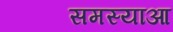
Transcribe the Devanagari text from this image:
समस्याआ